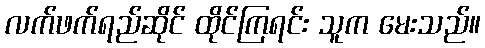
လက်ဖက်ရည်ဆိုင် ထိုင်ကြရင်း သူက မေးသည်။